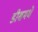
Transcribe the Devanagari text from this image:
डीशमधे